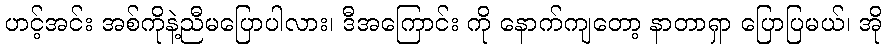
ဟင့်အင်း အစ်ကိုနဲ့ညီမပြောပါလား၊ ဒီအကြောင်း ကို နောက်ကျတော့ နာတာရှာ ပြောပြမယ်၊ အို